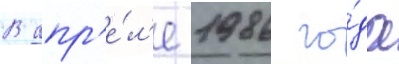
В апр'е́л'е 1986 го́да